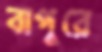
বাপুরে